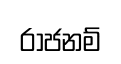
රාජනම්